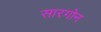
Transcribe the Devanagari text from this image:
सारगोन